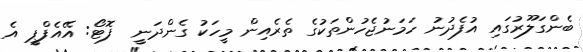
ބެންގަލޫރުގައި އުފެދުނު ހަމަނުޖެހުންތަކުގެ ތެރެއިން މީހަކު ގެންދަނީ  ފޮޓޯ: އޭއެފްޕީ އެ